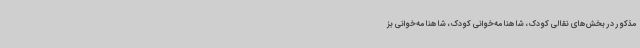
مذکور در بخش‌های نقالی کودک، شاهنامه‌خوانی کودک، شاهنامه‌خوانی بز